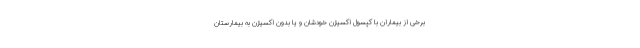
برخی از بیماران با کپسول اکسیژن خودشان و یا بدون اکسیژن به بیمارستان